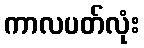
ကာလပတ်လုံး